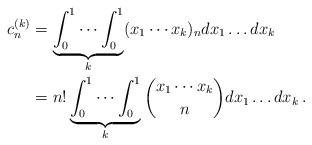
\begin{align*}c_n^{(k)}&=\underbrace{\int_0^1\cdots\int_0^1}_k(x_1\cdots x_k)_n dx_1\dots dx_k\\&=n!\underbrace{\int_0^1\cdots\int_0^1}_k\binom{x_1\cdots x_k}{n}dx_1\dots dx_k\,.\end{align*}